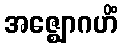
အဇ္ဈောဂဟိံ